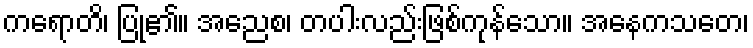
ကရောတိ၊ ပြု၏။ အညေစ၊ တပါးလည်းဖြစ်ကုန်သော။ အနေကသတေ၊